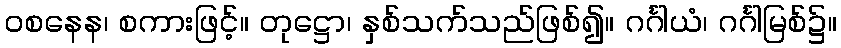
ဝစနေန၊ စကားဖြင့်။ တုဋ္ဌော၊ နှစ်သက်သည်ဖြစ်၍။ ဂင်္ဂါယံ၊ ဂင်္ဂါမြစ်၌။